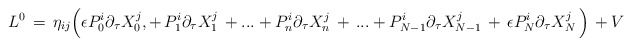
\begin{align*}L^0 \,=\,\eta_{ij} \Big( \epsilon P_0^i \partial _\tau X^j_0,+ \,P_1^i \partial _\tau X^j_1\, + ...+ P_n^i \partial _\tau X^j_n \,+\,...+P_{N-1}^i \partial _\tau X^j_{N-1} \,+\,\epsilon P_N^i \partial _\tau X^j_N \,\Big)\,+ V\end{align*}